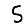
Digit: 5